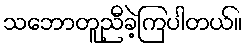
သဘောတူညီခဲ့ကြပါတယ်။